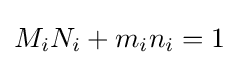
M_{i}N_{i}+m_{i}n_{i}=1